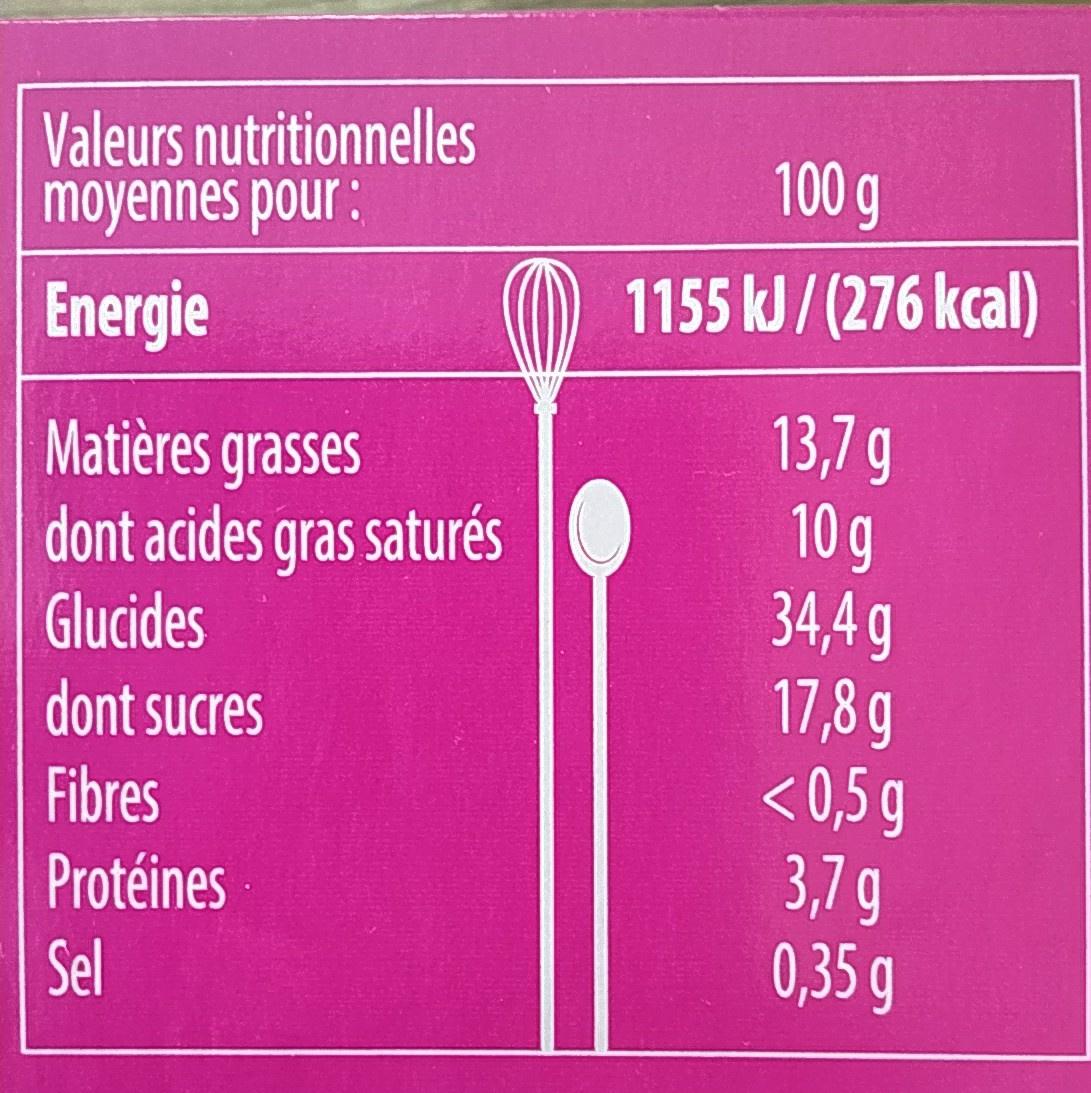
Valeurs nutritionnelles moyennes pour :
100 g
Energie
1155 kJ/(276 kcal)
13,7 g 10 g 34,4 g 17,8 g <0,5 g 3,7 g 0,35 g
Matières grasses dont acides gras saturés Glucides
dont sucres Fibres
Protéines
Sel